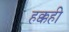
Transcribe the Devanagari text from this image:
हक्कही